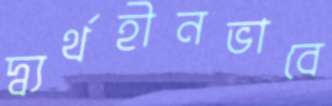
দ্ব্যর্থহীনভাবে